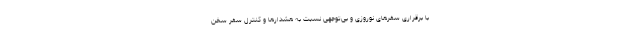
با برقراری سفرهای نوروزی و بی‌توجهی نسبت به هشدارها و کنترل سفر سخن